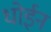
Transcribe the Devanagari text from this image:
धोईन